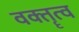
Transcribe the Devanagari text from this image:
वक्‍तॄत्‍व